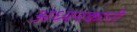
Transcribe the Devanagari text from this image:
अध्यनकारी